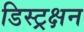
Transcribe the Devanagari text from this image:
डिस्ट्रक्षन